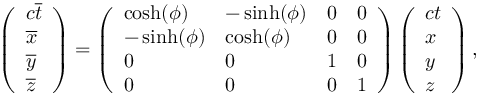
\left( \begin{array} { l } { c \overline { { t } } } \\ { \overline { { x } } } \\ { \overline { { y } } } \\ { \overline { { z } } } \end{array} \right) = \left( \begin{array} { l l l l } { \cosh ( \phi ) } & { - \sinh ( \phi ) } & { 0 } & { 0 } \\ { - \sinh ( \phi ) } & { \cosh ( \phi ) } & { 0 } & { 0 } \\ { 0 } & { 0 } & { 1 } & { 0 } \\ { 0 } & { 0 } & { 0 } & { 1 } \end{array} \right) \left( \begin{array} { l } { c t } \\ { x } \\ { y } \\ { z } \end{array} \right) ,